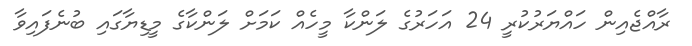
ރާއްޖެއިން ހައްޔަރުކުރީ 24 އަހަރުގެ ލަންކާ މީހެއް ކަމަށް ލަންކާގެ މީޑިޔާގައި ބުނެފައިވާ